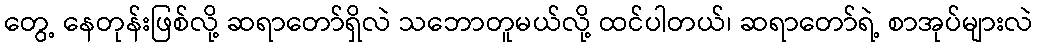
တွေ့ နေတုန်းဖြစ်လို့ ဆရာတော်ရှိလဲ သဘောတူမယ်လို့ ထင်ပါတယ်၊ ဆရာတော်ရဲ့ စာအုပ်များလဲ